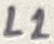
Text: L1